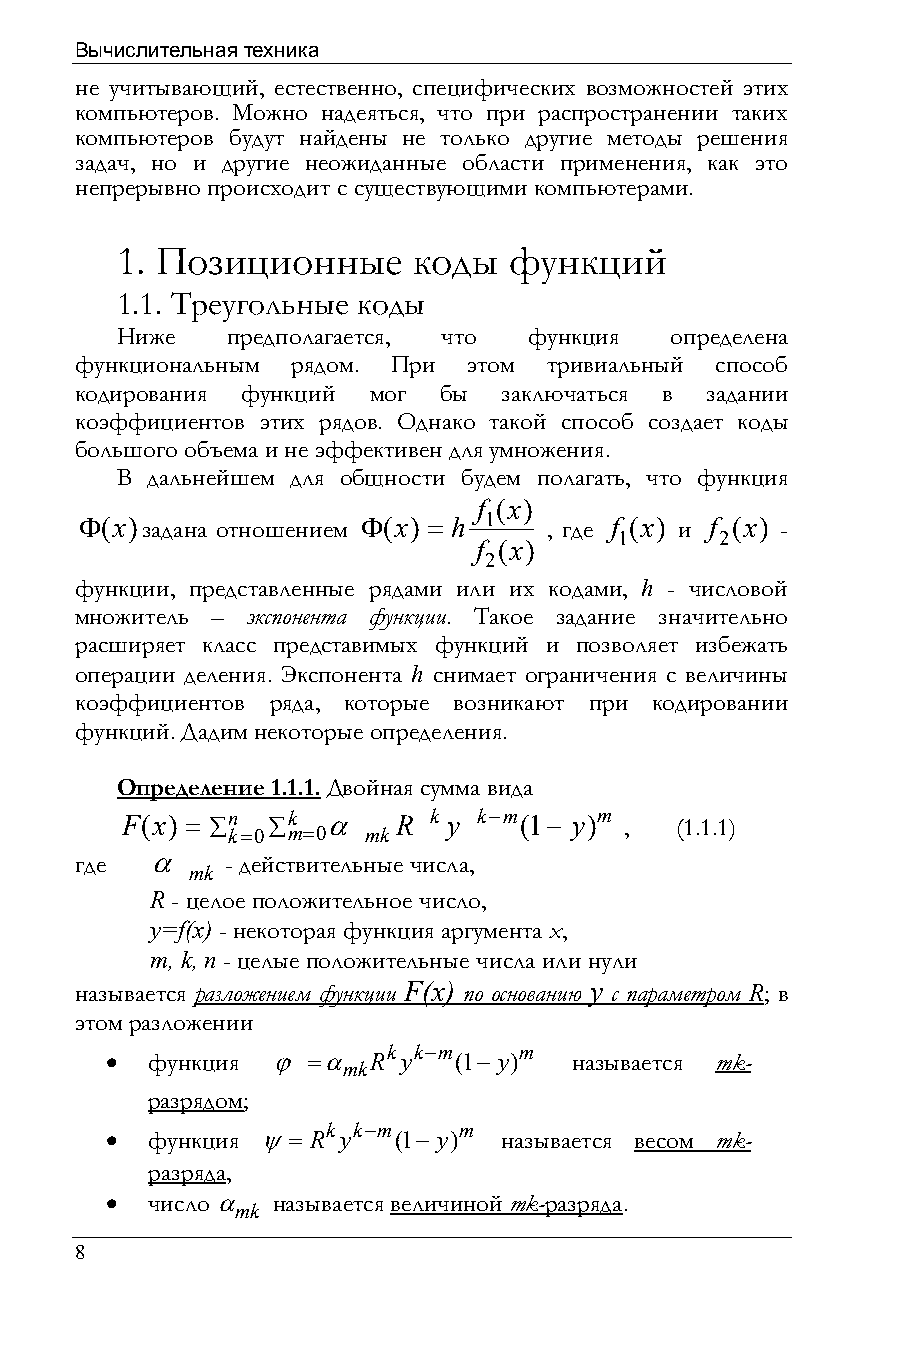
Вычислительная техника
 не учитывающий, естественно, специфических возможностей этих
 компьютеров. Можно надеяться, что при распространении таких
 компьютеров будут найдены не только другие методы решения
 задач, но и другие неожиданные области применения, как это
 непрерывно происходит с существующими компьютерами.
 1. Позиционные     коды   функций
 1.1. Треугольные коды
 Ниже   предполагается, что функция  определена
 функциональным рядом. При этом тривиальный способ
 кодирования функций мог бы  заключаться в задании
 коэффициентов этих рядов. Однако такой способ создает коды
 большого объема и не эффективен для умножения.
 В дальнейшем для общности будем полагать, что функция
 f (x)
 Φ(x)задана отношением Φ(x) = h 1 ,, где f (x) и f (x) -
 1      2
 f (x)
 2
 функции, представленные рядами или их кодами, h - числовой
 множитель – экспонента функции. Такое задание значительно
 расширяет класс представимых функций и позволяет избежать
 операции деления. Экспонента h снимает ограничения с величины
 коэффициентов ряда, которые возникают при кодировании
 функций. Дадим некоторые определения.
 Определение 1.1.1. Двойная сумма вида
 F(x) = ∑n ∑k  α   R k y k−m(1− y)m , (1.1.1)
 k=0 m=0  mk
 где  α    - действительные числа,
 mk
 R - целое положительное число,
 y=f(x) - некоторая функция аргумента x,
 m, k, n - целые положительные числа или нули
 называется разложением функции F(x) по основанию y с параметром R; в
 этом разложении
 k k−m   m
 •  функция ϕ =α  R  y  (1− y)  называется mk-
 mk
 разрядом;
 k k−m   m
 •  функция ψ= R y  (1− y) называется весом mk-
 разряда,
 •  число α называется величиной mk-разряда.
 mk
 8